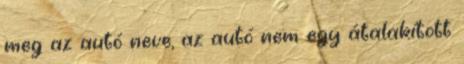
meg az autó neve, az autó nem egy átalakított